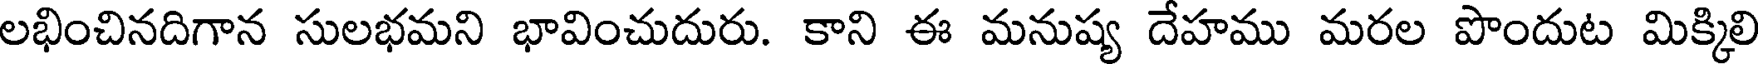
లభించినదిగాన సులభమని భావించుదురు. కాని ఈ మనుష్య దేహము మరల పొందుట మిక్కిలి